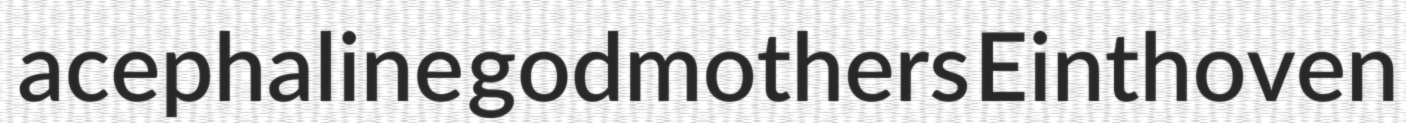
acephaline godmothers Einthoven